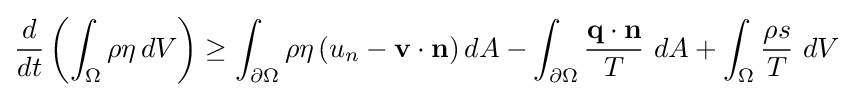
{\frac {d}{dt}}\left(\int _{\Omega }\rho \eta \,dV\right)\geq \int _{\partial \Omega }\rho \eta \left(u_{n}-\mathbf {v} \cdot \mathbf {n} \right)dA-\int _{\partial \Omega }{\frac {\mathbf {q} \cdot \mathbf {n} }{T}}~dA+\int _{\Omega }{\frac {\rho s}{T}}~dV